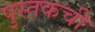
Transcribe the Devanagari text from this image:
पुस्तकची